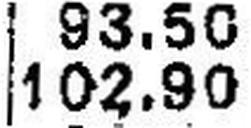
102.90